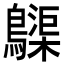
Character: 𪆫